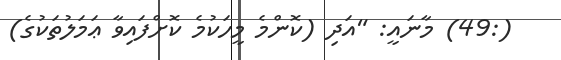
(:49) މާނައީ: "އަދި (ކޮންމެ މީހަކުމެ ކޮށްފައިވާ ޢަމަލުތަކުގެ)